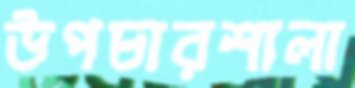
উপচারশালা